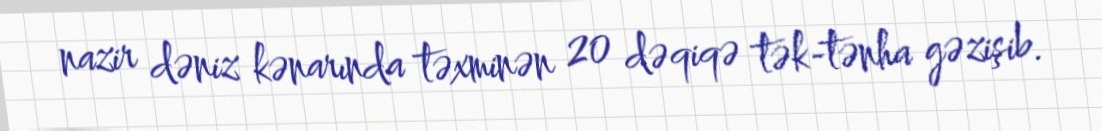
nazir dəniz kənarında təxminən 20 dəqiqə tək-tənha gəzişib.